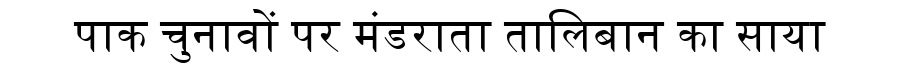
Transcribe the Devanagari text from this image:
पाक चुनावों पर मंडराता तालिबान का साया